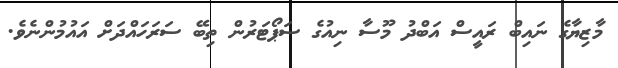
މާޒިޔާގެ ނައިބް ރައީސް އަބްދު މޫސާ ނިއުގެ ސަޕޯޓަރުން ތިބޭ ސަރަހައްދަށް އައުމުންނެވެ.